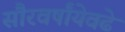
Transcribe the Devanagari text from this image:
सौरवर्षांयेवढे